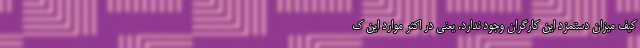
کیف میزان دستمزد این کارگران وجود ندارد. یعنی در اکثر موارد این ک